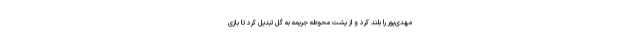
مهدی‌پور را بلند کرد و از پشت محوطه جریمه به گل تبدیل کرد تا بازی